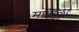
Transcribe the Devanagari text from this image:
मात्राला